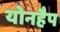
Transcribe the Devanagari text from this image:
योनहैप